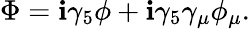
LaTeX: \Phi=\mathbf{i}\gamma_{5}\phi+\mathbf{i}\gamma_{5}\gamma_{\mu}\phi_{\mu}.